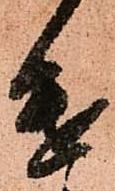
遣